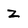
Character: z